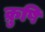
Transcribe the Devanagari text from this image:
क्रुषि